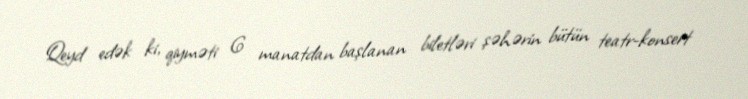
Qeyd edək ki, qiyməti 6 manatdan başlanan biletləri şəhərin bütün teatr-konsert